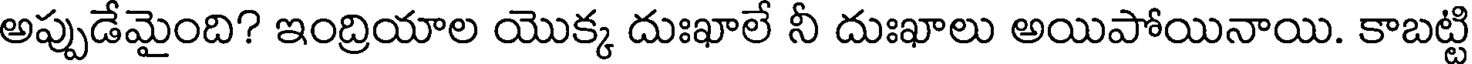
అప్పుడేమైంది? ఇంద్రియాల యొక్క దుఃఖాలే నీ దుఃఖాలు అయిపోయినాయి. కాబట్టి